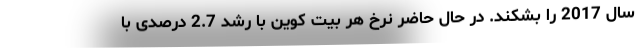
سال 2017 را بشکند. در حال حاضر نرخ هر بیت کوین با رشد 2.7 درصدی با